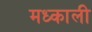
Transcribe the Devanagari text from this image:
मध्काली